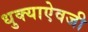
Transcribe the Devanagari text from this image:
धुक्याऐवजी